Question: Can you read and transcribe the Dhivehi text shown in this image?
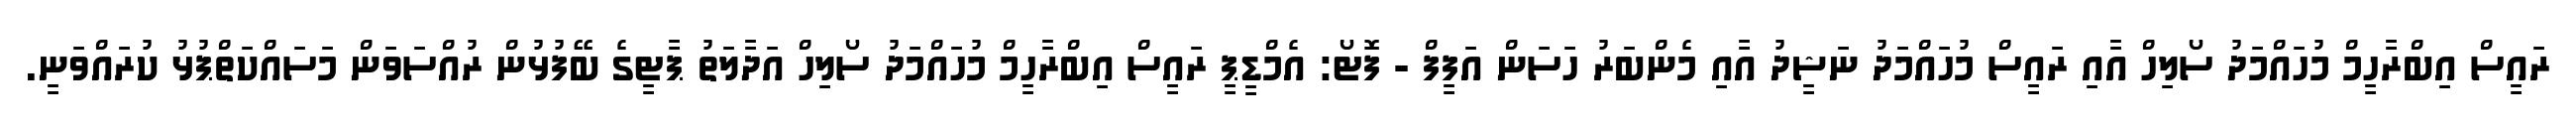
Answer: ރައީސް އިބްރާހީމް މުހައްމަދު ސޯލިހް އާއި ރައީސް މުހައްމަދު ނަޝީދު އާއި މެންބަރު ހަސަން އަފީފް - ފޮޓޯ: އެމްޑީޕީ ރައީސް އިބްރާހީމް މުހައްމަދު ސޯލިހް އަދާލަތު ޕާޓީގެ ބޭފުޅުން ރުއްސަވަން މަސައްކަތްޕުޅު ކުރައްވަނީ.